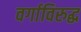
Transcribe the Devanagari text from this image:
वर्गाविरुद्ध